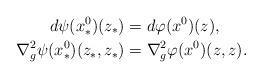
LaTeX: \begin{align*}d\psi(x^{0}_*)(z_*) &= d \varphi(x^{0})(z), \\\nabla_g^2 \psi(x^{0}_*)(z_*,z_*) &= \nabla_g^2 \varphi(x^{0})(z,z). \end{align*}